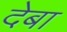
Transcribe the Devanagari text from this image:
देबा